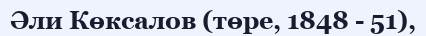
Әли Көксалов (төре, 1848 - 51),